Structure of Hæmatopota pluvialis (Meigen) - Number 55
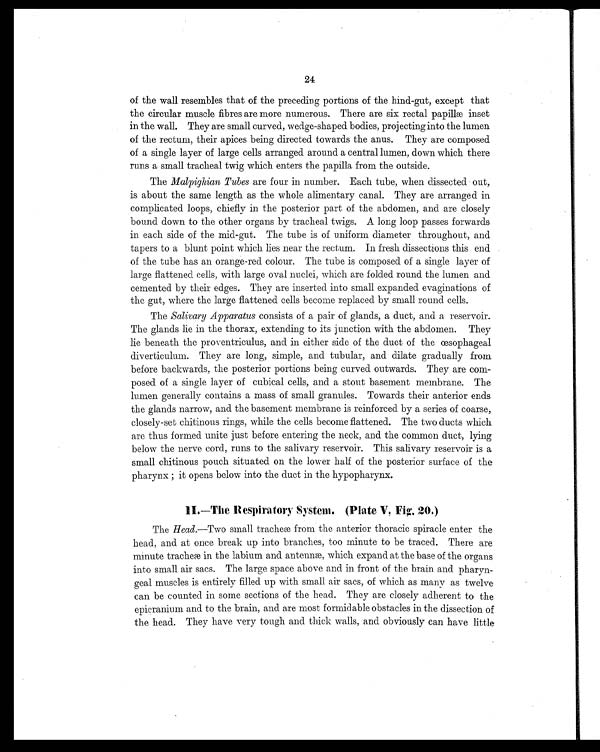
24
of the wall resembles that of the preceding portions of the hind-gut, except that
the circular muscle fibres are more numerous. There are six rectal papillæ inset
in the wall. They are small curved, wedge-shaped bodies, projecting into the lumen
of the rectum, their apices being directed towards the anus. They are composed
of a single layer of large cells arranged around a central lumen, down which there
runs a small tracheal twig which enters the papilla from the outside.
The Malpighian Tubes are four in number. Each tube, when dissected out,
is about the same length as the whole alimentary canal. They are arranged in
complicated loops, chiefly in the posterior part of the abdomen, and are closely
bound down to the other organs by tracheal twigs. A long loop passes forwards
in each side of the mid-gut. The tube is of uniform diameter throughout, and
tapers to a blunt point which lies near the rectum. In fresh dissections this end
of the tube has an orange-red colour. The tube is composed of a single layer of
large flattened cells, with large oval nuclei, which are folded round the lumen and
cemented by their edges. They are inserted into small expanded evaginations of
the gut, where the large flattened cells become replaced by small round cells.
The Salivary Apparatus consists of a pair of glands, a duct, and a reservoir.
The glands lie in the thorax, extending to its junction with the abdomen. They
lie beneath the proventriculus, and in either side of the duct of the œsophageal
diverticulum. They are long, simple, and tubular, and dilate gradually from
before backwards, the posterior portions being curved outwards. They are com-
posed of a single layer of cubical cells, and a stout basement membrane. The
lumen generally contains a mass of small granules. Towards their anterior ends
the glands narrow, and the basement membrane is reinforced by a series of coarse,
closely-set chitinous rings, while the cells become flattened. The two ducts which
are thus formed unite just before entering the neck, and the common duct, lying
below the nerve cord, runs to the salivary reservoir. This salivary reservoir is a
small chitinous pouch situated on the lower half of the posterior surface of the
pharynx ; it opens below into the duct in the hypopharynx.
II.—The Respiratory System. (Plate V. Fig. 20.)
The Head.—Two small tracheæ from the anterior thoracic spiracle enter the
head, and at once break up into branches, too minute to be traced. There are
minute tracheæ in the labium and antennæ, which expand at the base of the organs
into small air sacs. The large space above and in front of the brain and pharyn-
geal muscles is entirely filled up with small air sacs, of which as many as twelve
can be counted in some sections of the head. They are closely adherent to the
epicranium and to the brain, and are most formidable obstacles in the dissection of
the head. They have very tough and thick walls, and obviously can have little